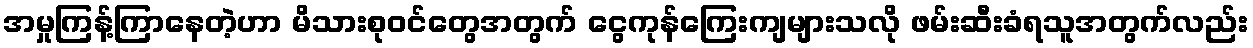
အမှုကြန့်ကြာနေတဲ့ဟာ မိသားစုဝင်တွေအတွက် ငွေကုန်ကြေးကျများသလို ဖမ်းဆီးခံရသူအတွက်လည်း